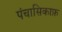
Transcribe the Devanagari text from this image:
पंचासिकाफ़